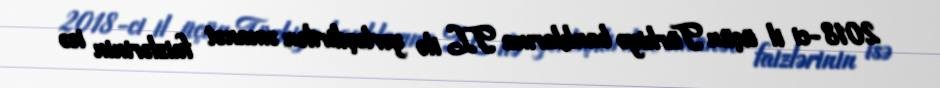
2018-ci il üçün Türkiyə banklarına TL ilə yerləşdirilən əmanət faizlərinin isə